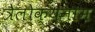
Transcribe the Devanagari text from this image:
त्रैलोक्यनाम